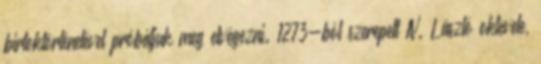
birtoktörténetével próbáljuk meg elvégezni. 1273-ból szerepelt IV. László oklevele,